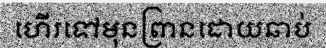
ហើរទៅមុនព្រានដោយឆាប់